Tartu_linnavalitsus, lk 78
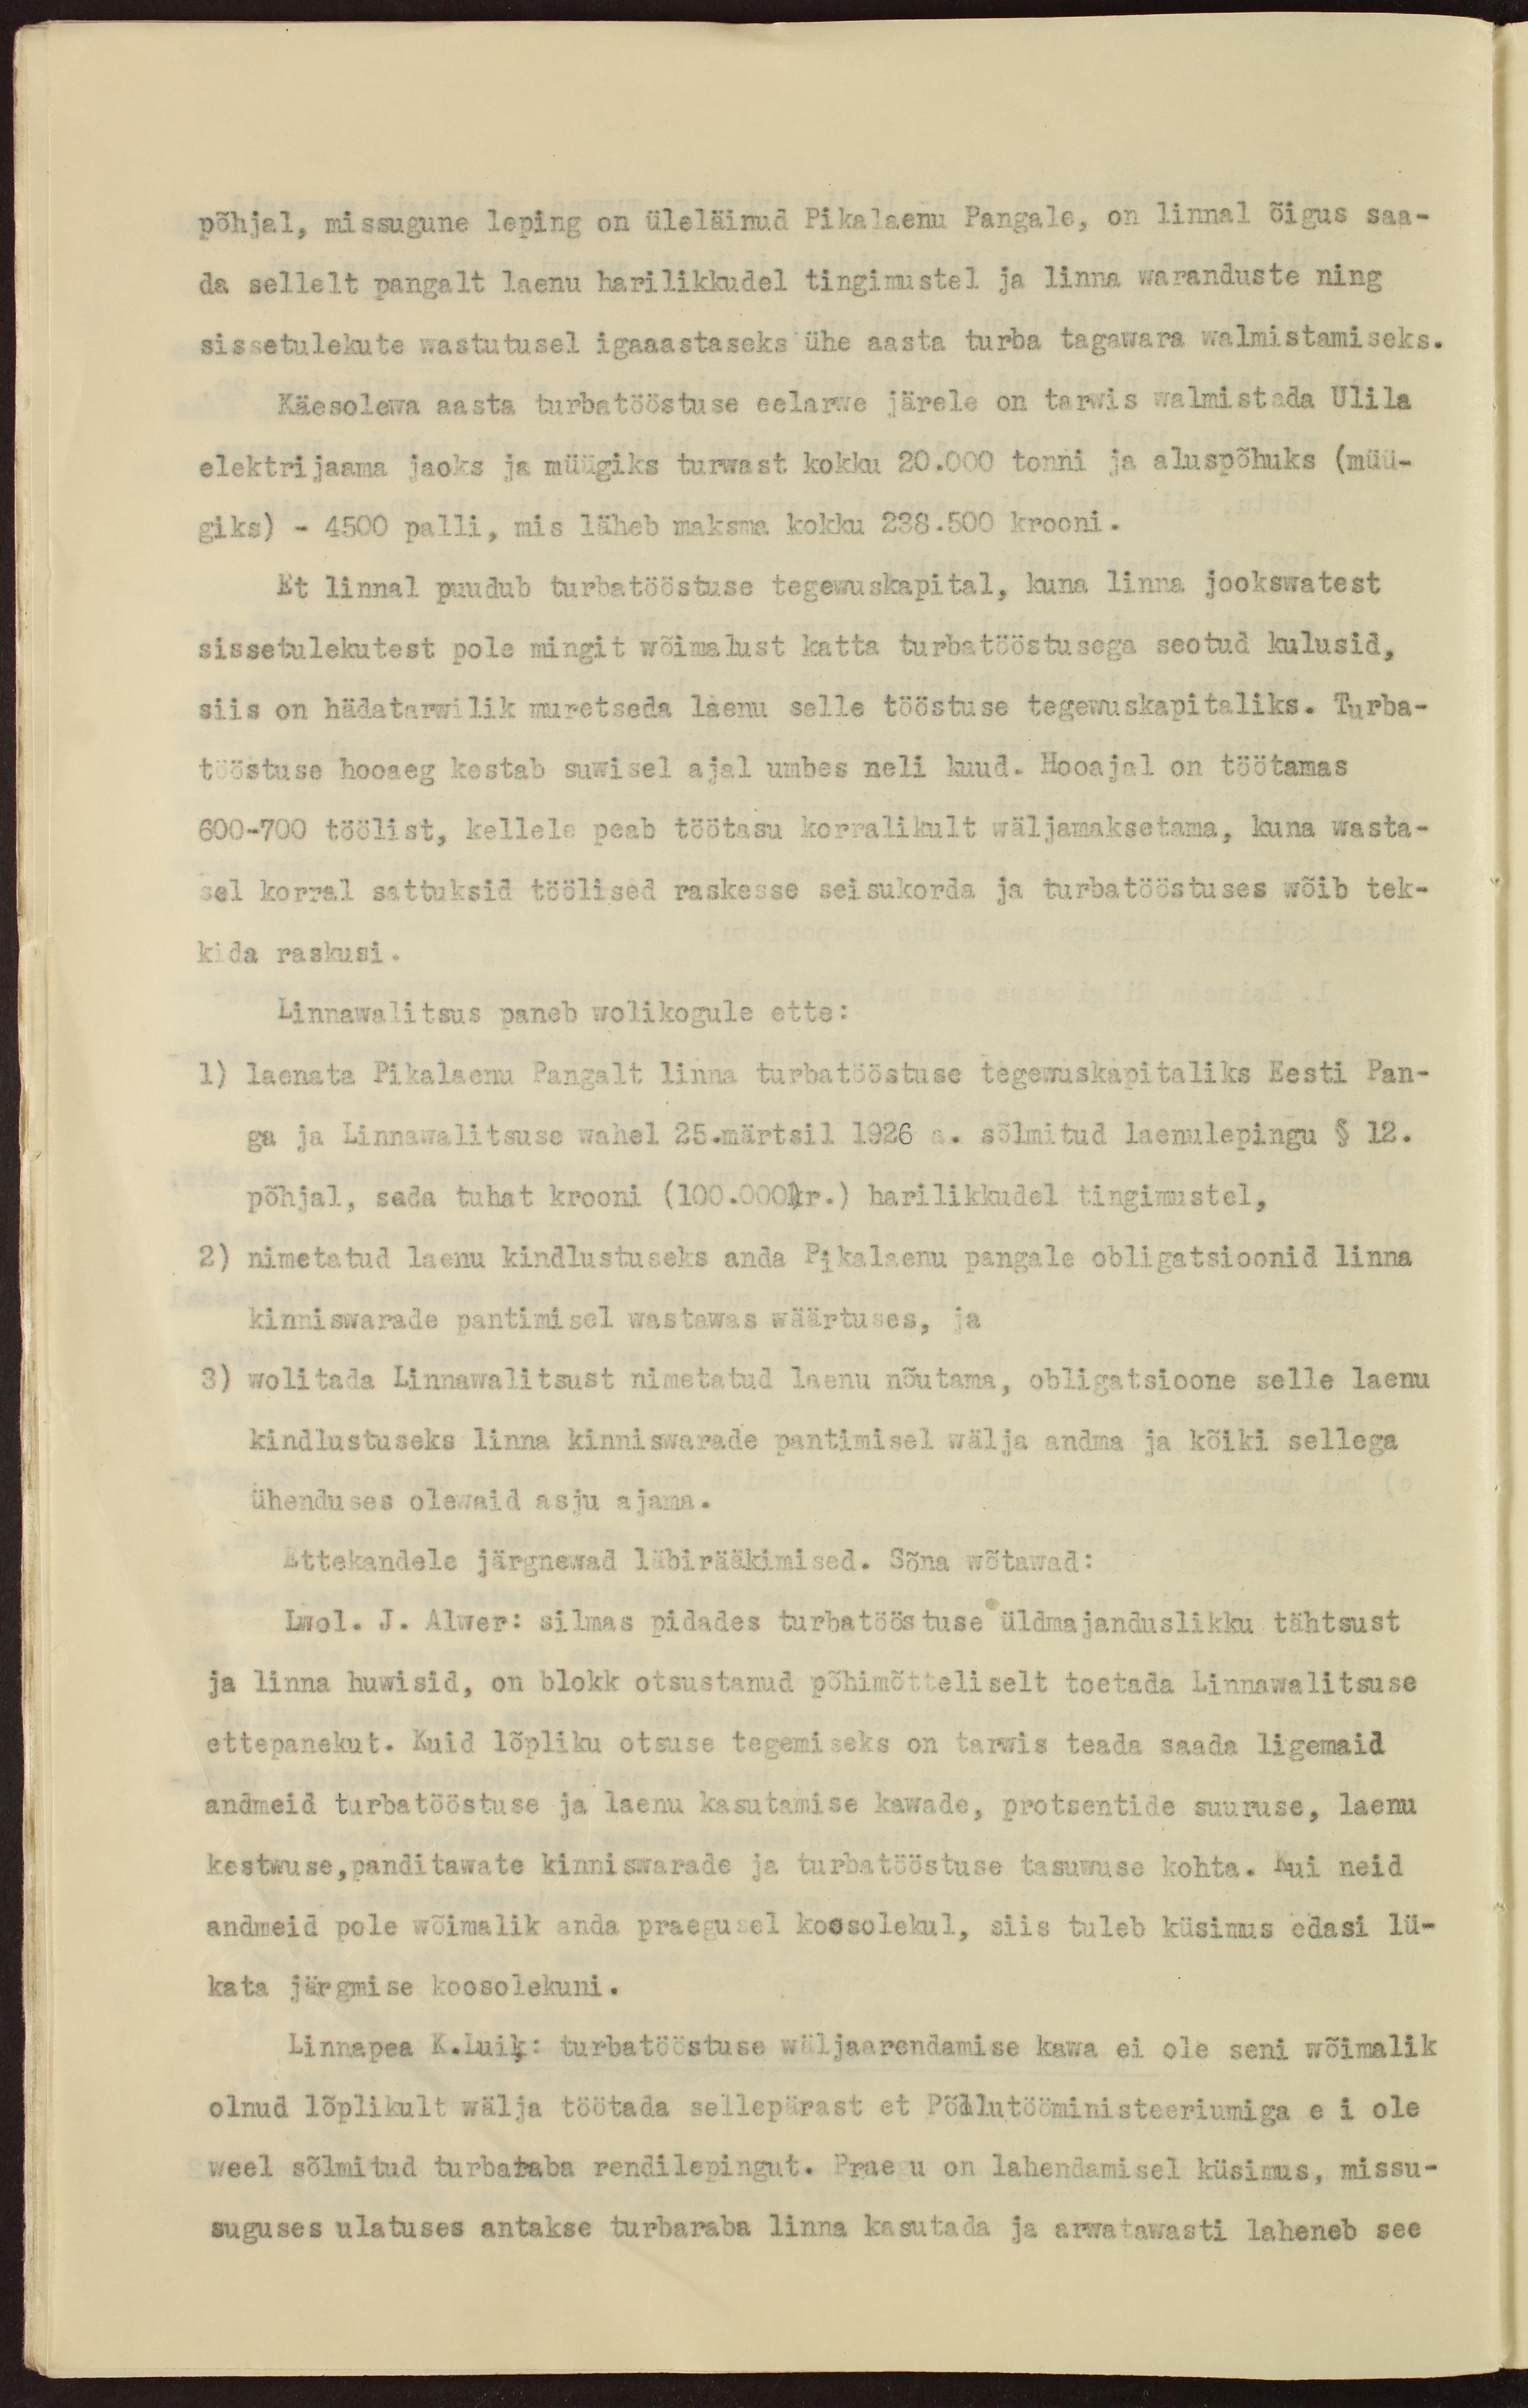
põhjal, missugune leping on üleläinud Pikalaenu Pangale, on linnal õigus saa-
da sellelt pangalt laenu harilikkudel tingimustel ja linna waranduste ning
sissetulekute wastutusel igaaastaseks ühe aasta turba tagawara walmistamiseks.
Käesolewa aasta turbatööstuse eelarwe järele on tarwis walmistada Ulila
elektrijaama jaoks ja müügiks turwast kokku 20.000 tonni ja aluspõhuks (müü-
giks) - 4500 palli, mis läheb maksma kokku 238.500 krooni.
Et linnal puudub turbatööstuse tegewuskapital, kuna linna jookswatest
sissetulekutest pole mingit wõimalust katta turbatööstusega seotud kulusid,
siis on hädatarwilik muretseda laenu selle tööstuse tegewuskapitaliks. Turba-
tööstuse hooaeg kestab suwisel ajal umbes neli kuud. Hooajal on töötamas
600-700 töölist, kellele peab töötasu korralikult wäljamaksetama, kuna wasta-
sel korral sattuksid töölised raskesse seisukorda ja turbatööstuses wõib tek-
kida raskusi.
Linnawalitsus paneb wolikogule ette:
1) laenata Pikalaenu Pangalt linna turbatööstuse tegewuskapitaliks Eesti Pan-
ga ja Linnawalitsuse wahel 25.märtsil 1926 a. sõlmitud laenulepingu § 12.
põhjal, sada tuhat krooni (100.000kr.) harilikkudel tingimustel,
2) nimetatud laenu kindlustuseks anda Pikalaenu pangale obligatsioonid linna
kinniswarade pantimisel wastawas wäärtuses, ja
3) wolitada Linnawalitsust nimetatud laenu nõutama, obligatsioone selle laenu
kindlustuseks linna kinniswarade pantimisel wälja andma ja kõiki sellega
ühenduses olewaid asju ajama.
Ettekandele järgnewad läbirääkimised. Sõna wõtawad:
Lwol. J. Alwer: silmas pidades turbatööstuse üldmajanduslikku tähtsust
ja linna huwisid, on blokk otsustanud põhimõtteliselt toetada Linnawalitsuse
ettepanekut. Kuid lõpliku otsuse tegemiseks on tarwis teada saada ligemaid
andmeid turbatööstuse ja laenu kasutamise kawade, protsentide suuruse, laenu
kestwuse, panditawate kinniswarade ja turbatööstuse tasuwuse kohta. Kui neid
andmeid pole wõimalik anda praegusel koosolekul, siis tuleb küsimus edasi lü-
kata järgmise koosolekuni.
Linnapea K.Luik: turbatööstuse wäljaarendamise kawa ei ole seni wõimalik
olnud lõplikult wälja töötada sellepärast et Põllutööministeeriumiga ei ole
weel sõlmitud turbataba rendilepingut. Praegu on lahendamisel küsimus, missu-
suguses ulatuses antakse turbaraba linna kasutada ja arwatawasti laheneb see